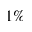
1 \%